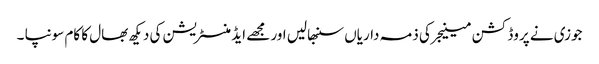
جوزی نے پروڈکشن مینیجر کی ذمہ داریاں سنبھالیں اور مجھے ایڈمنسٹریشن کی دیکھ بھال کا کام سونپا ۔